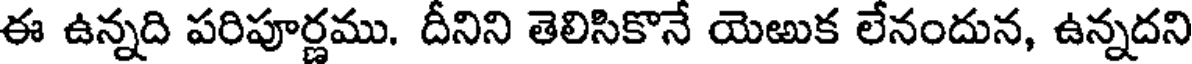
ఈ ఉన్నది పరిపూర్ణము. దీనిని తెలిసికొనే యెఱుక లేనందున, ఉన్నదని